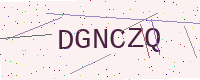
Text: DGNCZQ